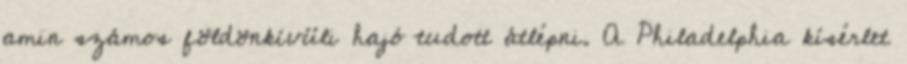
amin számos földönkívüli hajó tudott átlépni. A Philadelphia kísérlet